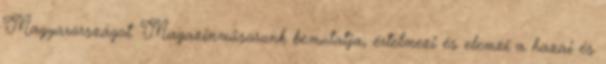
Magyarországot. Magazinműsorunk bemutatja, értelmezi és elemzi a hazai és